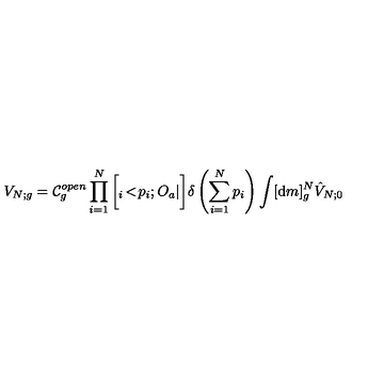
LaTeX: V _ { N ; g } = { \cal C } _ { g } ^ { o p e n } \prod _ { i = 1 } ^ { N } \bigg [ { } _ { i } \! < \! p _ { i } ; O _ { a } | \bigg ] \delta \left( \sum _ { i = 1 } ^ { N } p _ { i } \right) \int [ { \mathrm { d } } m ] _ { g } ^ { N } { \hat { V } } _ { N ; 0 }